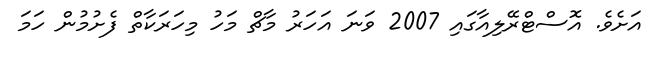
އަށެވެ. އޮސްޓްރޭލިއާގައި 2007 ވަނަ އަހަރު މާޗް މަހު މިހަރަކާތް ފެށުމުން ހަމަ